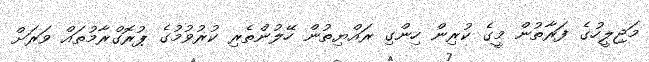
މަޖިލީހުގެ ފަރާތުން މީގެ ކުރިން ހިންގި ރައްޔިތުން ހޭލުންތެރި ކުރުވުމުގެ ޕުރޮގްރާމުތައް ވަރަށް